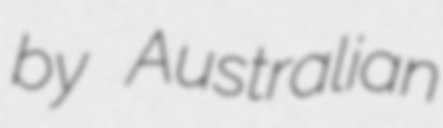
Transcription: by Australian